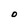
Character: O